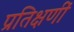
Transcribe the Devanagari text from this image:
प्रतिक्षणीं